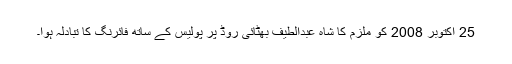
25 اکتوبر 2008 کو ملزم کا شاہ عبدالطیف بھٹائی روڈ پر پولیس کے ساتھ فائرنگ کا تبادلہ ہوا۔